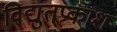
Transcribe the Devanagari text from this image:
विद्युत्‌प्रकाश